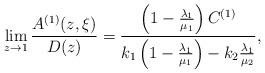
LaTeX: \begin{align*}\lim_{z\rightarrow1}\frac{A^{(1)}(z,\xi)}{D(z)} = \frac{\left(1-\frac{\lambda_1}{\mu_1}\right)C^{(1)}}{k_1\left(1-\frac{\lambda_1}{\mu_1}\right)-k_2\frac{\lambda_1}{\mu_2}},\end{align*}